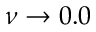
\nu \rightarrow 0 . 0